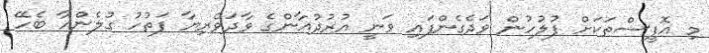
މި އޮފީސްތަކަށް ފުލުހުން ވަދެގެންފައި ވަނީ އުރުދުޣާންގެ ވާދަވެރިޔާ ފަތުހު ގުލެންއާ ބެހޭ